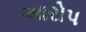
આરોપ